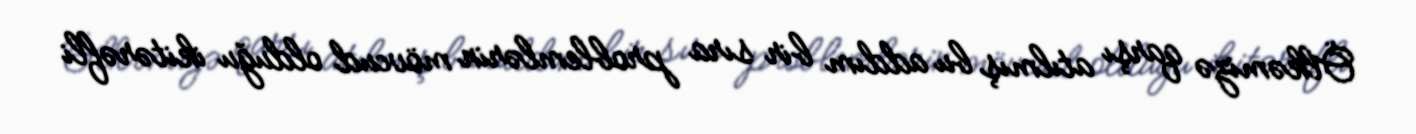
Ölkəmizə qarşı atılmış bu addım bir sıra problemlərin mövcud olduğu ikitərəfli